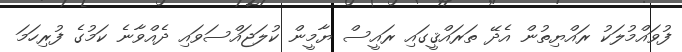
ފުވައްމުލަކު ރައްޔިތުން އެދޭ ތަރައްޤީގައި ރައީސް ޔާމީން ކުލަޖައްސަވައި ދެއްވާނެ ކަމުގެ ފުރިހަމަ